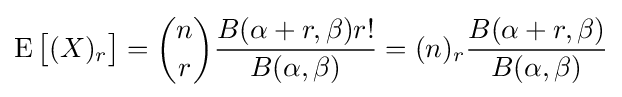
\operatorname {E} {\bigl [}(X)_{r}{\bigr ]}={\binom {n}{r}}{\frac {B(\alpha +r,\beta )r!}{B(\alpha ,\beta )}}=(n)_{r}{\frac {B(\alpha +r,\beta )}{B(\alpha ,\beta )}}